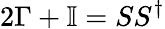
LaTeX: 2\Gamma+\mathbb{I}=SS^{\dagger}